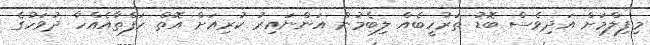
މިފިލްމަށް އަދިވެސް ބޮޑު ތަރުހީބެއް ލިބެމުން އަންނައިރު ކުރިއަށް އޮތް ހަފްތާއެއްހާ ދުވަހުގެ